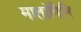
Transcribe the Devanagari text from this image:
मातांगिनि